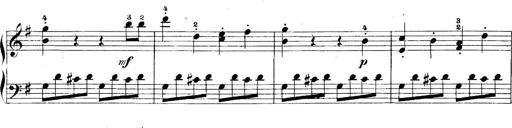
Title: 5 Sonatinas
Composer: Theodor Kirchner